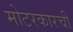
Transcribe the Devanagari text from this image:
मोटरकारची